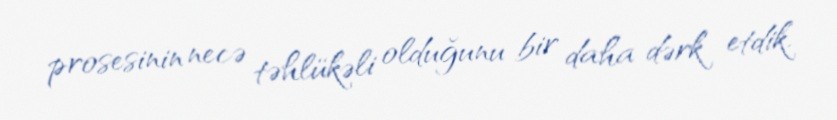
prosesinin necə təhlükəli olduğunu bir daha dərk etdik.